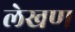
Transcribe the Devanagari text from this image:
लेखण